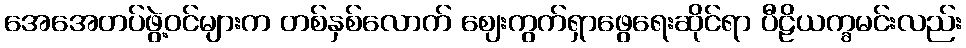
အေအေတပ်ဖွဲ့ဝင်များက တစ်နှစ်လောက် ဈေးကွက်ရှာဖွေရေးဆိုင်ရာ ပီဠိယက္ခမင်းလည်း